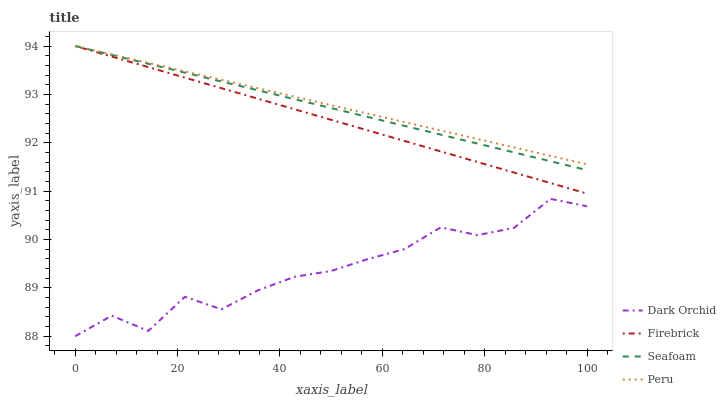
| xaxis_label | Dark Orchid | Firebrick | Seafoam | Peru |
 | --- | --- | --- | --- | --- |
 | 0 | 88 | 94 | 94 | 94 |
 | 7.14 | 88.4 | 93.8 | 93.8 | 93.8 |
 | 14.3 | 88.1 | 93.6 | 93.6 | 93.7 |
 | 21.4 | 88.8 | 93.3 | 93.5 | 93.5 |
 | 28.6 | 88.6 | 93.1 | 93.3 | 93.3 |
 | 35.7 | 89 | 92.9 | 93.1 | 93.1 |
 | 42.9 | 89.2 | 92.7 | 92.9 | 93 |
 | 50 | 89.3 | 92.5 | 92.7 | 92.8 |
 | 57.1 | 89.6 | 92.3 | 92.5 | 92.6 |
 | 64.3 | 89.8 | 92 | 92.4 | 92.4 |
 | 71.4 | 90.3 | 91.8 | 92.2 | 92.3 |
 | 78.6 | 90.1 | 91.6 | 92 | 92.1 |
 | 85.7 | 90.2 | 91.4 | 91.8 | 91.9 |
 | 92.9 | 90.8 | 91.2 | 91.6 | 91.7 |
 | 100 | 90.7 | 90.9 | 91.4 | 91.6 |